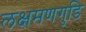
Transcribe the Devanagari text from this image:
लक्षमणगुडि